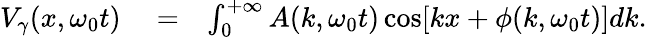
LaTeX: \begin{array}{rlr}{V_{\gamma}(x,\omega_{0}t)}&{{}=}&{\int_{0}^{+\infty}A(k,\omega_{0}t)\cos[kx+\phi(k,\omega_{0}t)]dk.}\end{array}